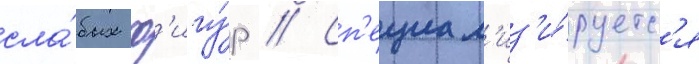
сла́бых ф'игу́р // Сп'ециал'из'и́руетс'я